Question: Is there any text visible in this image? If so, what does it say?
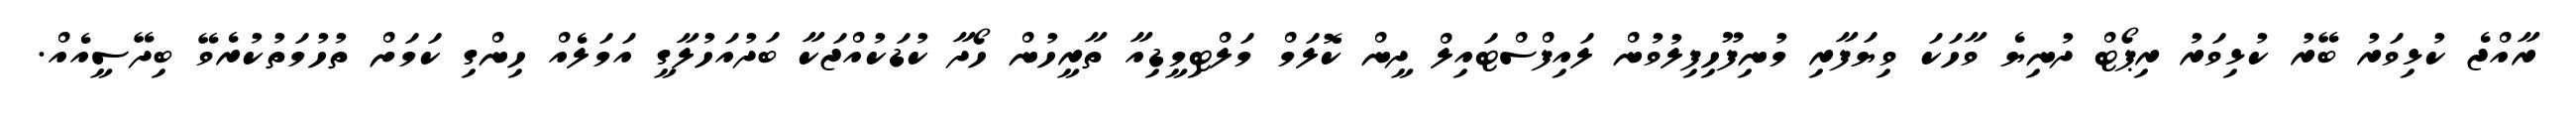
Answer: ރާއްޖެ ކުޅިވަރު ބޭރު ކުޅިވަރު ރިޕޯޓް ދުނިޔެ ވާހަކަ ވިޔަފާރި މުނިފޫހިފިލުވުން ލައިފްސްޓައިލް ދީން ކޮލަމް މަލްޓިމީޑިއާ ތާރީހުން ހޯދާ ކުޑަކުއްޖަކާ ބަދުއަހުލާގީ އަމަލެއް ހިންގި ކަމަށް ތުހުމަތުކުރެވޭ ބިދޭސީއެއް.